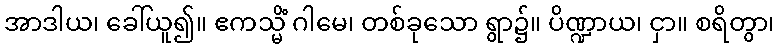
အာဒါယ၊ ခေါ်ယူ၍။ ဧကသ္မိံ ဂါမေ၊ တစ်ခုသော ရွာ၌။ ပိဏ္ဍာယ၊ ငှာ။ စရိတွာ၊